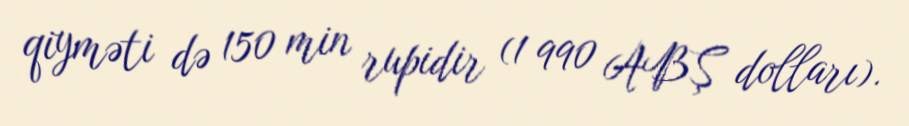
qiyməti də 150 min rupidir (1 990 ABŞ dolları).